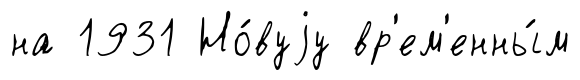
на 1931 Но́вуjу вр'ем'енны́м